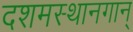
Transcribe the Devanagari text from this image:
दशमस्थानगान्